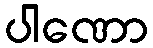
ပါဏော